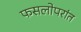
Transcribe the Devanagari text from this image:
फसलोपरांत